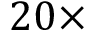
2 0 \times